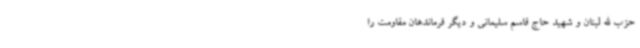
حزب الله لبنان و شهید حاج قاسم سلیمانی و دیگر فرماندهان مقاومت را